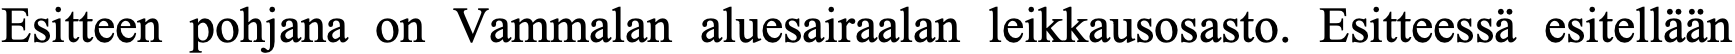
Esitteen pohjana on Vammalan aluesairaalan leikkausosasto. Esitteessä esitellään